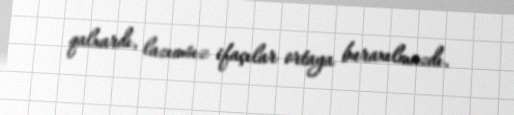
qalxardı, lazımsız ifaçılar ortaya buraxılmazdı.